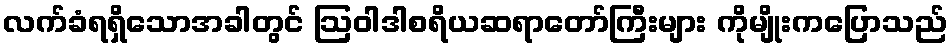
လက်ခံရရှိသောအခါတွင် ဩဝါဒါစရိယဆရာတော်ကြီးများ ကိုမျိုးကပြောသည်